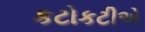
કટોકટીએ